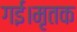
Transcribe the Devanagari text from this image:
गई।मृतक